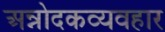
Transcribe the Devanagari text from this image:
अन्नोदकव्यवहार